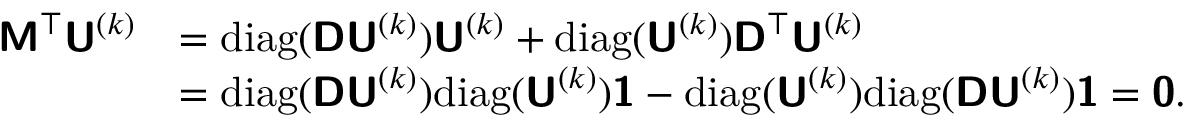
\begin{array} { r l } { \mathbf { \boldsymbol { \mathsf { M } } } ^ { \top } \mathbf { \boldsymbol { \mathsf { U } } } ^ { ( k ) } } & { = \mathrm { d i a g } ( \mathbf { \boldsymbol { \mathsf { D } } } \mathbf { \boldsymbol { \mathsf { U } } } ^ { ( k ) } ) \mathbf { \boldsymbol { \mathsf { U } } } ^ { ( k ) } + \mathrm { d i a g } ( \mathbf { \boldsymbol { \mathsf { U } } } ^ { ( k ) } ) \mathbf { \boldsymbol { \mathsf { D } } } ^ { \top } \mathbf { \boldsymbol { \mathsf { U } } } ^ { ( k ) } } \\ & { = \mathrm { d i a g } ( \mathbf { \boldsymbol { \mathsf { D } } } \mathbf { \boldsymbol { \mathsf { U } } } ^ { ( k ) } ) \mathrm { d i a g } ( \mathbf { \boldsymbol { \mathsf { U } } } ^ { ( k ) } ) \mathbf { \boldsymbol { \mathsf { 1 } } } - \mathrm { d i a g } ( \mathbf { \boldsymbol { \mathsf { U } } } ^ { ( k ) } ) \mathrm { d i a g } ( \mathbf { \boldsymbol { \mathsf { D } } } \mathbf { \boldsymbol { \mathsf { U } } } ^ { ( k ) } ) \mathbf { \boldsymbol { \mathsf { 1 } } } = \mathbf { \boldsymbol { \mathsf { 0 } } } . } \end{array}